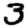
Digit: 3